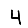
Digit: 4